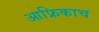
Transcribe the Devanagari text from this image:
आफ्रिकाच